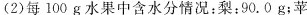
(2)每100g水果中含水分情况：梨：90。0g；苹